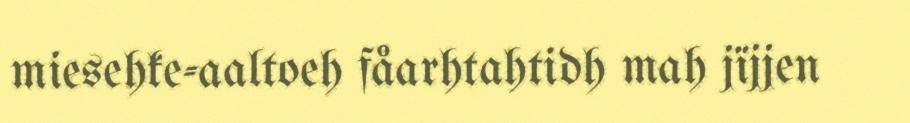
miesehke-aaltoeh fåarhtahtidh mah jïjjen